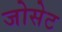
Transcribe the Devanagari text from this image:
जोसेट